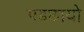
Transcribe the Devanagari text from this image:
पडछायो